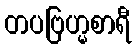
တပဗြဟ္မစာရီ